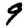
Digit: 9